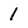
Character: 1